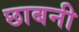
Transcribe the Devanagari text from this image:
छाबनी